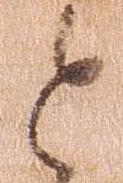
と